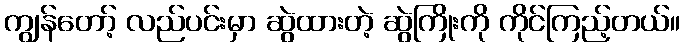
ကျွန်တော့် လည်ပင်းမှာ ဆွဲထားတဲ့ ဆွဲကြိုးကို ကိုင်ကြည့်တယ်။